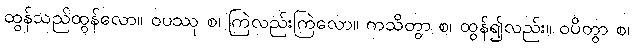
ထွန်သည်ထွန်လော။ ဝပဿု စ၊ ကြဲလည်းကြဲလော။ ကသိတွာ စ၊ ထွန်၍လည်း။ ဝပိတွာ စ၊